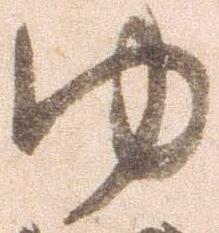
ゆ